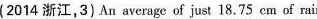
（2014 浙江,3)An average of just 18.75 cm of rain